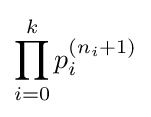
\prod _{i=0}^{k}p_{i}^{(n_{i}+1)}